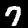
Digit: 7